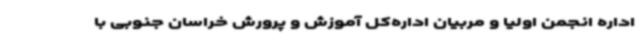
اداره انجمن اولیا و مربیان اداره‌کل آموزش و پرورش خراسان جنوبی با